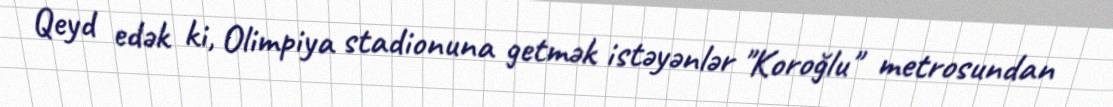
Qeyd edək ki, Olimpiya stadionuna getmək istəyənlər "Koroğlu" metrosundan